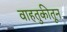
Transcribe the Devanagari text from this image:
वाहतुकीतून